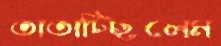
তাতাচ্ছিলেম